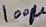
Text: 100µ